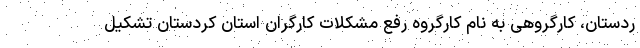
ردستان، کارگروهی به نام کارگروه رفع مشکلات کارگران استان کردستان تشکیل